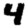
Digit: 4